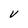
Character: V